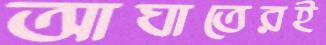
আঘাতেরই